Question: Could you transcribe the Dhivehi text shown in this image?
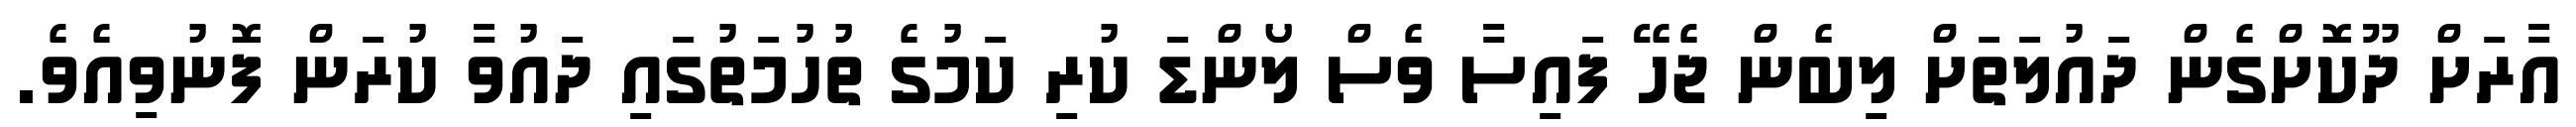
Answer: އާރަށް ދޫކޮށްގެން ދައުލަތަށް ލިބެން ޖެހޭ ފައިސާ ވެސް ލޯންޑަ ކުރި ކަމުގެ ތުހުމަތުގައި ދައުވާ ކުރަން ފޮނުވިއެވެ.